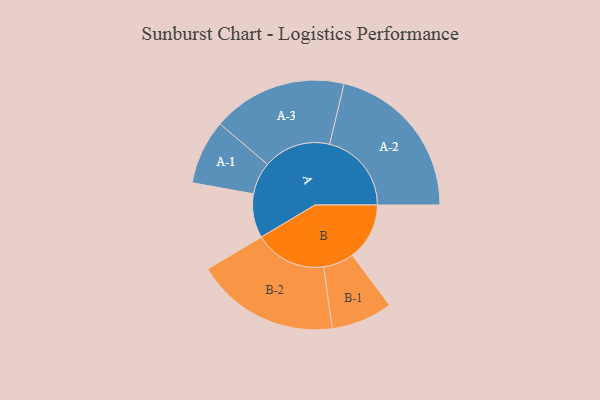
{"axis": {"x": "Segment", "y": "Value"}, "legend": ["", "A", "B"], "data": [{"x": "A", "y": 158, "type": ""}, {"x": "B", "y": 205, "type": ""}, {"x": "A-1", "y": 116, "type": "A"}, {"x": "A-2", "y": 294, "type": "A"}, {"x": "A-3", "y": 242, "type": "A"}, {"x": "B-1", "y": 110, "type": "B"}, {"x": "B-2", "y": 258, "type": "B"}]}